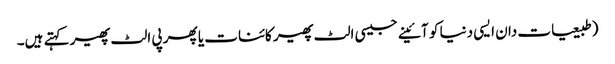
(طبیعیات دان ایسی دنیا کو آئینے جیسی الٹ پھیر کائنات یا پھر پی الٹ پھیر کہتے ہیں۔